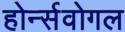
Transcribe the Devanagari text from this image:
होर्न्सवोगल